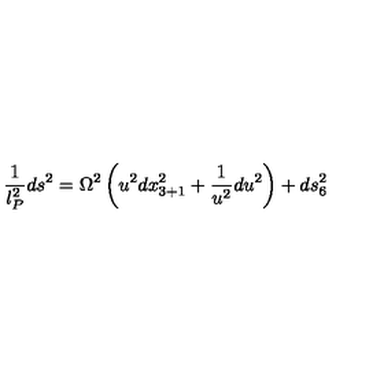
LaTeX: \frac { 1 } { l _ { P } ^ { 2 } } d s ^ { 2 } = \Omega ^ { 2 } \left( u ^ { 2 } d x _ { 3 + 1 } ^ { 2 } + \frac { 1 } { u ^ { 2 } } d u ^ { 2 } \right) + d s _ { 6 } ^ { 2 }